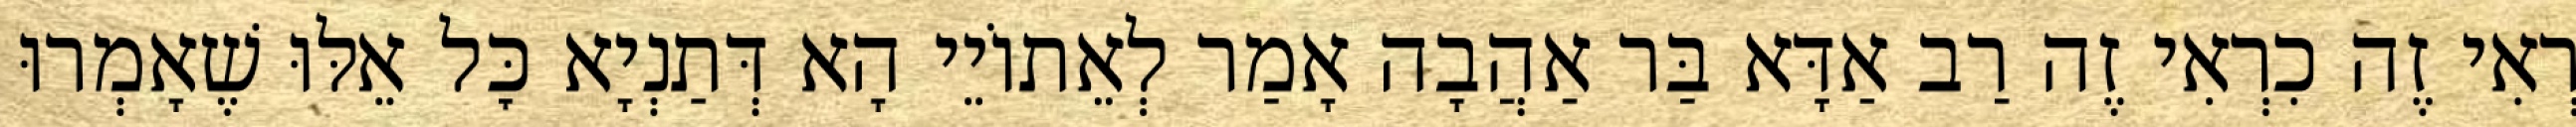
רְאִי זֶה כִרְאִי זֶה רַב אַדָּא בַּר אַהֲבָה אָמַר לְאֵתוֹיֵי הָא דְּתַנְיָא כׇּל אֵלּוּ שֶׁאָמְרוּ